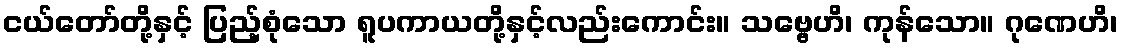
ငယ်တော်တို့နှင့် ပြည့်စုံသော ရူပကာယတို့နှင့်လည်းကောင်း။ သဗ္ဗေဟိ၊ ကုန်သော။ ဂုဏေဟိ၊